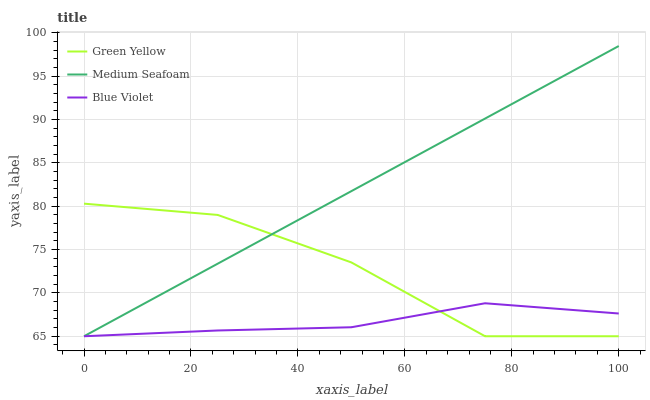
| xaxis_label | Green Yellow | Medium Seafoam | Blue Violet |
 | --- | --- | --- | --- |
 | 0 | 80.3 | 65 | 65 |
 | 25 | 79 | 73.4 | 65.7 |
 | 50 | 73.5 | 81.7 | 66 |
 | 75 | 65 | 90.1 | 68.8 |
 | 100 | 65 | 98.5 | 67.6 |